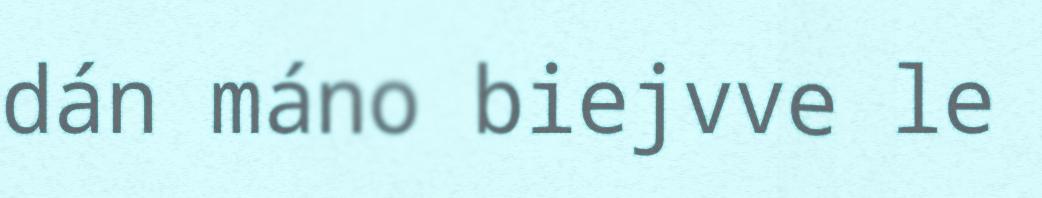
dán máno biejvve le